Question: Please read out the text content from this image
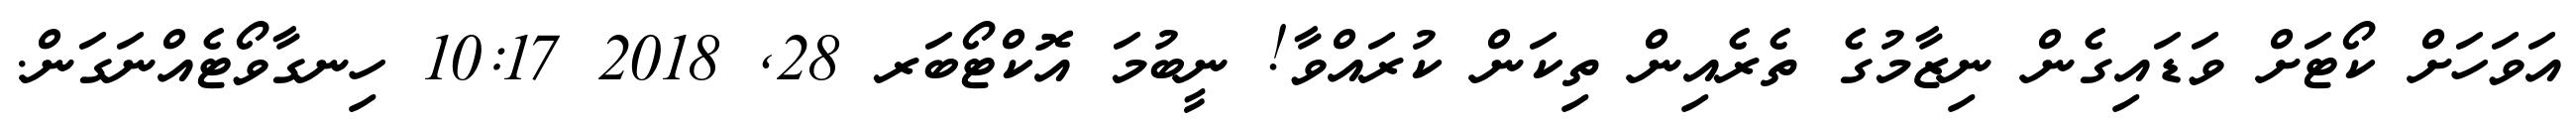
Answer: އަވަހަށް ކޯޓަށް ވަޑައިގެން ނިޒާމުގެ ތެރެއިން ތިކަން ކުރައްވާ! ނީބުމަ އޮކްޓޯބަރ 28, 2018 10:17 ހިނގާވޯޓެއްނަގަން.